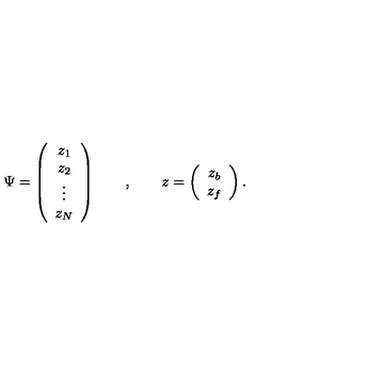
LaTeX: \Psi = \left( \begin{array} { c } { z _ { 1 } } \\ { z _ { 2 } } \\ { \vdots } \\ { z _ { N } } \\ \end{array} \right) \qquad , \qquad z = \left( \begin{array} { c } { z _ { b } } \\ { z _ { f } } \\ \end{array} \right) .